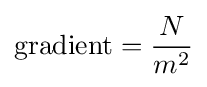
{\text{gradient}}={\frac {N}{m^{2}}}